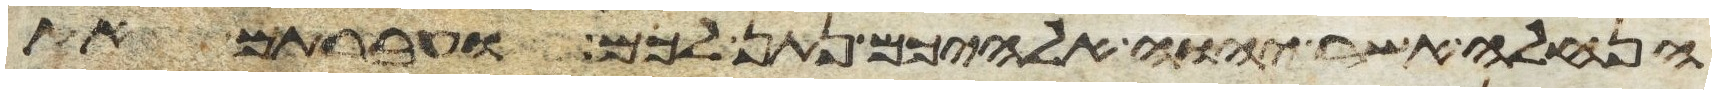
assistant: הנחלה אשר יהוה אלהיכם נתן לכם ועברתם את